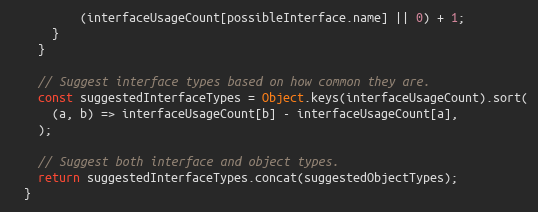
Language: JavaScript
          (interfaceUsageCount[possibleInterface.name] || 0) + 1;
      }
    }

    // Suggest interface types based on how common they are.
    const suggestedInterfaceTypes = Object.keys(interfaceUsageCount).sort(
      (a, b) => interfaceUsageCount[b] - interfaceUsageCount[a],
    );

    // Suggest both interface and object types.
    return suggestedInterfaceTypes.concat(suggestedObjectTypes);
  }